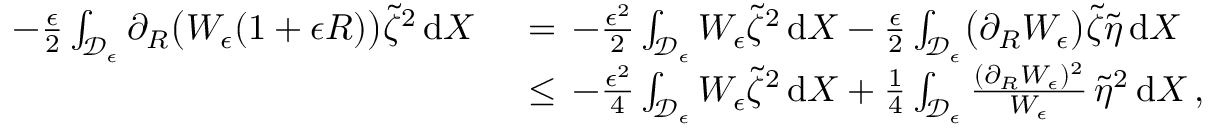
\begin{array} { r l } { - \frac { \epsilon } { 2 } \int _ { \mathcal { D } _ { \epsilon } } \partial _ { R } \bigl ( W _ { \epsilon } ( 1 + \epsilon R ) \bigr ) \tilde { \zeta } ^ { 2 } \, \mathrm { d } X \, } & { { } = \, - \frac { \epsilon ^ { 2 } } { 2 } \int _ { \mathcal { D } _ { \epsilon } } W _ { \epsilon } \tilde { \zeta } ^ { 2 } \, \mathrm { d } X - \frac { \epsilon } { 2 } \int _ { \mathcal { D } _ { \epsilon } } \bigl ( \partial _ { R } W _ { \epsilon } \bigr ) \tilde { \zeta } \tilde { \eta } \, \mathrm { d } X } \\ { \, } & { { } \le \, - \frac { \epsilon ^ { 2 } } { 4 } \int _ { \mathcal { D } _ { \epsilon } } W _ { \epsilon } \tilde { \zeta } ^ { 2 } \, \mathrm { d } X + \frac { 1 } { 4 } \int _ { \mathcal { D } _ { \epsilon } } \frac { ( \partial _ { R } W _ { \epsilon } ) ^ { 2 } } { W _ { \epsilon } } \, \tilde { \eta } ^ { 2 } \, \mathrm { d } X \, , } \end{array}